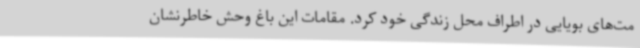
مت‌های بویایی در اطراف محل زندگی خود کرد. مقامات این باغ وحش خاطرنشان